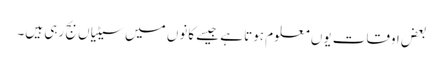
بعض اوقات یوں معلوم ہوتا ہے جیسے کانوں میں سیٹیاں بج رہی ہیں۔